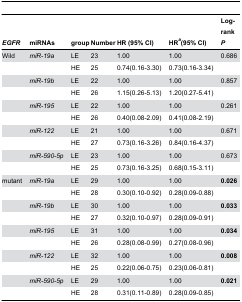
| EGFR | miRNAs | group | Number | HR (95% CI) | HRa(95% CI) | Log-rank P |
 | --- | --- | --- | --- | --- | --- | --- |
 | Wild | miR-19a | LE | 23 | 1.00 | 1.00 | 0.686 |
 |  |  | HE | 25 | 0.74(0.16-3.30) | 0.73(0.16-3.34) |  |
 |  | miR-19b | LE | 22 | 1.00 | 1.00 | 0.857 |
 |  |  | HE | 26 | 1.15(0.26-5.13) | 1.20(0.27-5.41) |  |
 |  | miR-195 | LE | 22 | 1.00 | 1.00 | 0.261 |
 |  |  | HE | 26 | 0.40(0.08-2.09) | 0.41(0.08-2.19) |  |
 |  | miR-122 | LE | 21 | 1.00 | 1.00 | 0.671 |
 |  |  | HE | 27 | 0.73(0.16-3.26) | 0.84(0.16-4.37) |  |
 |  | miR-590-5p | LE | 23 | 1.00 | 1.00 | 0.673 |
 |  |  | HE | 25 | 0.73(0.16-3.25) | 0.68(0.15-3.11) |  |
 | mutant | miR-19a | LE | 29 | 1.00 | 1.00 | 0.026 |
 |  |  | HE | 28 | 0.30(0.10-0.92) | 0.28(0.09-0.88) |  |
 |  | miR-19b | LE | 30 | 1.00 | 1.00 | 0.033 |
 |  |  | HE | 27 | 0.32(0.10-0.97) | 0.28(0.09-0.91) |  |
 |  | miR-195 | LE | 31 | 1.00 | 1.00 | 0.034 |
 |  |  | HE | 26 | 0.28(0.08-0.99) | 0.27(0.08-0.96) |  |
 |  | miR-122 | LE | 32 | 1.00 | 1.00 | 0.008 |
 |  |  | HE | 25 | 0.22(0.06-0.75) | 0.23(0.06-0.81) |  |
 |  | miR-590-5p | LE | 29 | 1.00 | 1.00 | 0.021 |
 |  |  | HE | 28 | 0.31(0.11-0.89) | 0.28(0.09-0.85) |  |